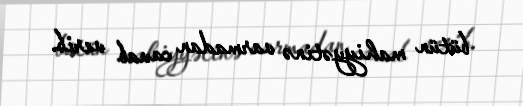
bütün mahiyyətinə varmadan cavab verib.